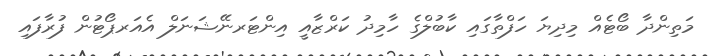
މަތިންދާ ބޯޓެއް މިދިޔަ ހަފްތާގައި ކާބުލްގެ ހާމިދު ކަރްޒާއީ އިންޓަރނޭޝަނަލް އެއަރޕޯޓުން ފުރާފައި